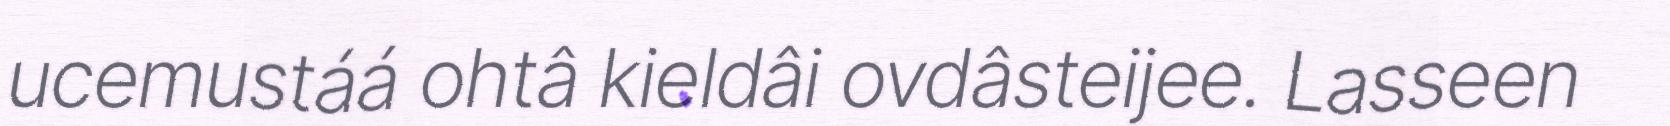
ucemustáá ohtâ kieldâi ovdâsteijee. Lasseen